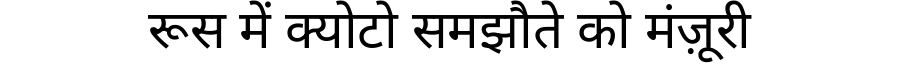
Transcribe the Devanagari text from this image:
रूस में क्योटो समझौते को मंज़ूरी